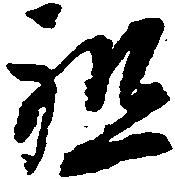
祖